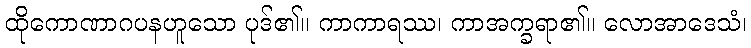
ထိုကောဏာဂပနဟူသော ပုဒ်၏။ ကာကာရဿ၊ ကာအက္ခရာ၏။ လောအာဒေသံ၊